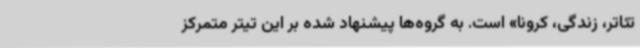
تئاتر، زندگی، کرونا» است. به گروه‌ها پیشنهاد شده بر این تیتر متمرکز